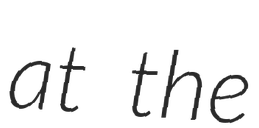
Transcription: at the